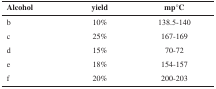
<table><thead><tr><td><b>Alcohol</b></td><td><b>yield</b></td><td><b>mp°C </b></td></tr></thead><tbody><tr><td>b</td><td>10%</td><td>138.5-140</td></tr><tr><td>c</td><td>25%</td><td>167-169</td></tr><tr><td>d</td><td>15%</td><td>70-72</td></tr><tr><td>e</td><td>18%</td><td>154-157</td></tr><tr><td>f</td><td>20%</td><td>200-203</td></tr></tbody></table>